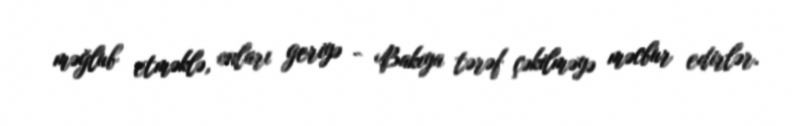
məğlub etməklə, onları geriyə - Bakıya tərəf çəkilməyə məcbur edirlər.